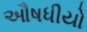
ઔષધીયો